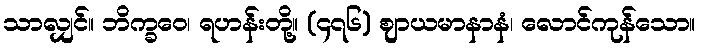
သာလျှင်။ ဘိက္ခဝေ၊ ရဟန်းတို့။ (၄၇၆) ဈာယမာနာနံ၊ လောင်ကုန်သော။